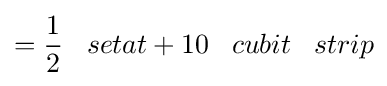
={\frac {1}{2}}\;\;\;setat+10\;\;\;cubit\;\;\;strip